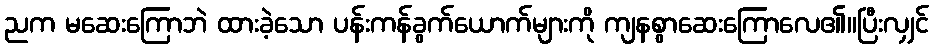
ညက မဆေးကြောဘဲ ထားခဲ့သော ပန်းကန်ခွက်ယောက်များကို ကျနစွာဆေးကြောလေ၏။ပြီးလျှင်